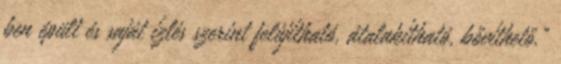
ben épült és saját ízlés szerint felújítható, átalakítható, bővíthető."